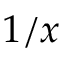
1 / x